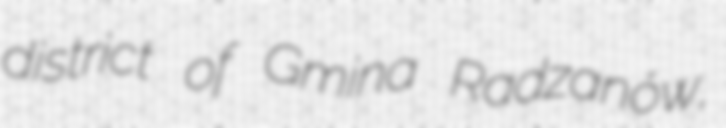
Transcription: district of Gmina Radzanów,